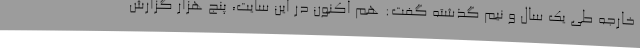
خارجه طی یک سال و نیم گذشته گفت: هم اکنون در این سایت، پنج هزار گزارش